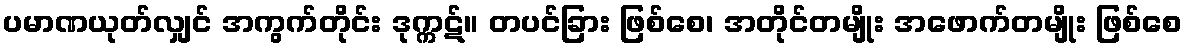
ပမာဏယုတ်လျှင် အကွက်တိုင်း ဒုက္ကဋ်။ တပင်ခြား ဖြစ်စေ၊ အတိုင်တမျိုး အဖောက်တမျိုး ဖြစ်စေ